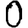
Digit: 0